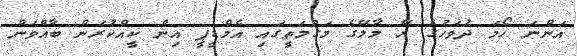
އަންނަ ހޯމަ ދުވަހުގެ ރޭ މާލޭގެ މަގުމަތީގައި އެމްޑީޕީ އިން ކީއްކުރަން ބާއްވަން